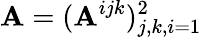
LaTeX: \mathbf{A}=(\mathbf{A}^{ijk})_{j,k,i=1}^{2}